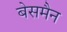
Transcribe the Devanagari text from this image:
बेसमैन